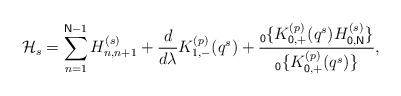
LaTeX: \begin{align*}\mathcal{H}_{s}=\sum_{n=1}^{\mathsf{N}-1}H_{n,n+1}^{\left( s\right) }+\frac{d}{d\lambda }K_{1,-}^{(p)}(q^{s})+\frac{_{\mathsf{0}}\{K_{\mathsf{0},+}^{(p)}(q^{s})H_{\mathsf{0},\mathsf{N}}^{\left( s\right) }\}}{_{\mathsf{0}}\{K_{\mathsf{0},+}^{(p)}(q^{s})\}},\end{align*}